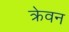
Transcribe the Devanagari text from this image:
क्रेवन